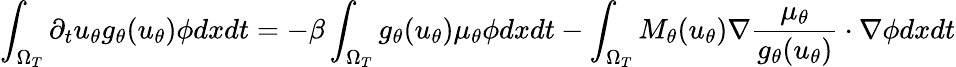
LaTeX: \int_{\Omega_{T}}\partial_{t}u_{\theta}g_{\theta}(u_{\theta})\phi dxdt=-\beta\int_{\Omega_{T}}g_{\theta}(u_{\theta})\mu_{\theta}\phi dxdt-\int_{\Omega_{T}}M_{\theta}(u_{\theta})\nabla\frac{\mu_{\theta}}{g_{\theta}(u_{\theta})}\cdot\nabla\phi dxdt